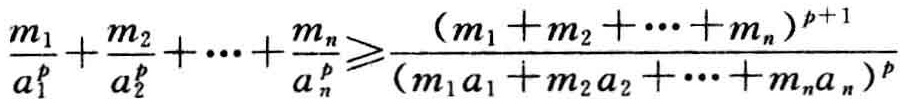
\(\frac{m_{1}}{a_{1}^{p}}+\frac{m_{2}}{a_{2}^{p}}+\cdots+\frac{m_{n}}{a_{n}^{p}}\geqslant\frac{(m_{1}+m_{2}+\cdots+m_{n})^{p + 1}}{(m_{1}a_{1}+m_{2}a_{2}+\cdots+m_{n}a_{n})^{p}}\)